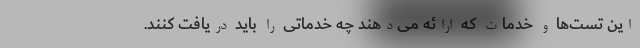
این تست‌ها و خدمات که ارائه می‌دهند چه خدماتی را باید دریافت کنند.